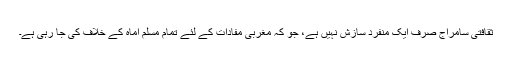
ثقافتی سامراج صرف ایک منفرد سازش نہیں ہے، جو کہ مغربی مفادات کے لئے تمام مسلم اُمّاہ کے خلاف کی جا رہی ہے۔